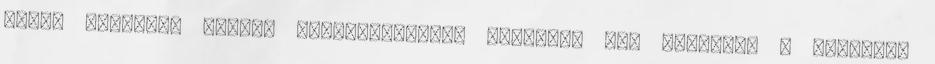
világ egyetlen jaguár rezervátumában figyelné meg szívesen a vadonélő